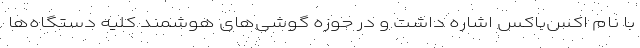
با نام اکس‌باکس اشاره داشت و در حوزه‌ گوشی‌های هوشمند کلیه دستگاه‌ها